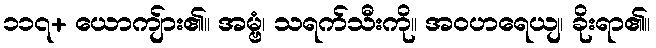
၁၁၇+ ယောကျ်ား၏။ အမ္ဗံ၊ သရက်သီးကို။ အဝဟရေယျ၊ ခိုးရာ၏။